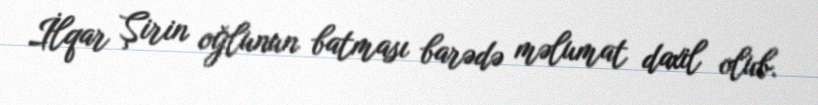
İlqar Şirin oğlunun batması barədə məlumat daxil olub.